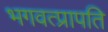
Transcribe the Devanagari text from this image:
भगवत्प्रापति